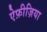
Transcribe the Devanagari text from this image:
ऐफ़ीज़िया